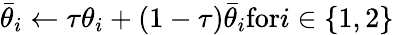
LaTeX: {\bar{\theta}_{i}}\leftarrow\tau{\theta_{i}}+(1-\tau){\bar{\theta}_{i}}\mathrm{{for}}i\in\{ 1,2\}